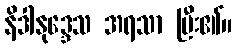
နိဒါနုဒ္ဒေသ အရသာ ပြီး၏။